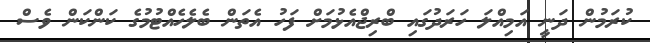
ކުރަމުން ދަނީ އަމިއްލަ ހަރަދުގައި ބްރިޖްއެޅުމަށް ފަހު އެތަން ބެލެހެއްޓުމުގެ ކަންކަން ވެސް